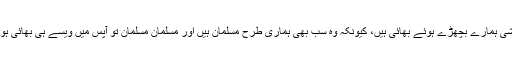
بنگلہ دیشی ہمارے بچھڑے ہوئے بھائی ہیں، کیونکہ وہ سب بھی ہماری طرح مسلمان ہیں اور مسلمان مسلمان تو آپس میں ویسے ہی بھائی ہوتے ہیں۔